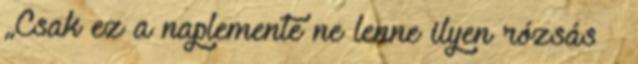
„Csak ez a naplemente ne lenne ilyen rózsás